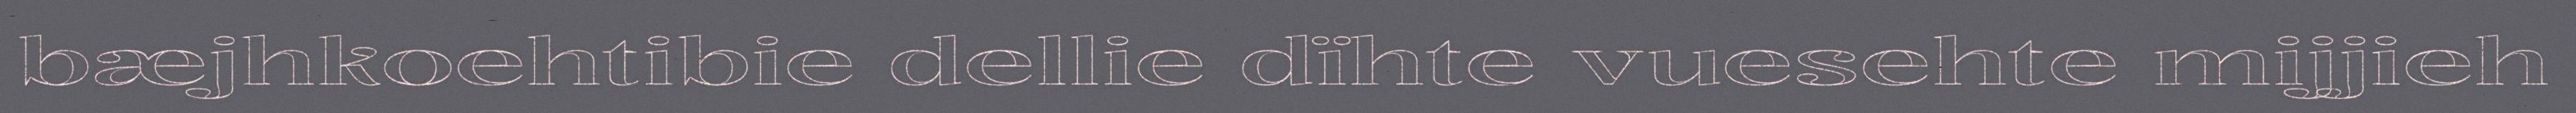
bæjhkoehtibie dellie dïhte vuesehte mijjieh